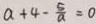
a + 4 - \frac { 5 } { a } = 0